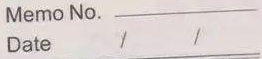
Memo No. \_\_\_\_\_Date  /  /